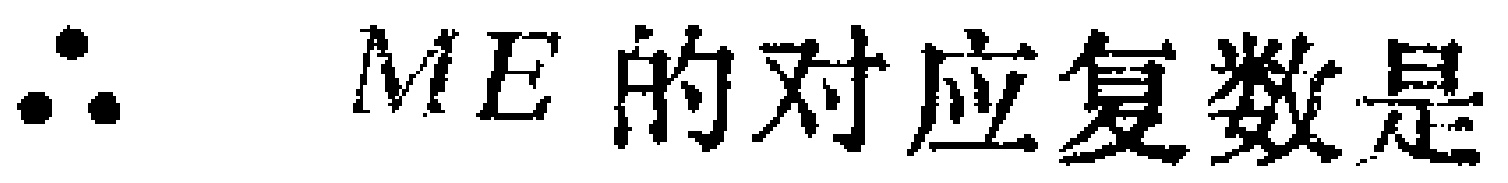
\(\therefore ME的对应复数是\)